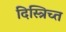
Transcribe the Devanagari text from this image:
दिस्त्रिच्त